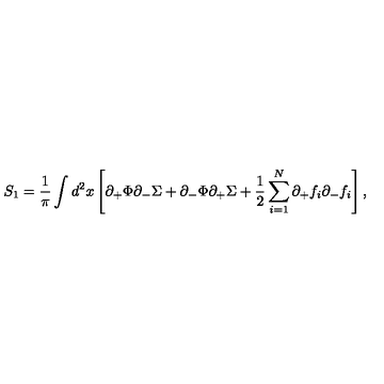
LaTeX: S _ { 1 } = { \frac { 1 } { \pi } } \int d ^ { 2 } x \left[ \partial _ { + } \Phi \partial _ { - } \Sigma + \partial _ { - } \Phi \partial _ { + } \Sigma + { \frac { 1 } { 2 } } \sum _ { i = 1 } ^ { N } \partial _ { + } f _ { i } \partial _ { - } f _ { i } \right] ,